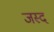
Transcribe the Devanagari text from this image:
जस्द